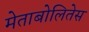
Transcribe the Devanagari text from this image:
मेताबोलितेस